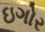
ઇગોર